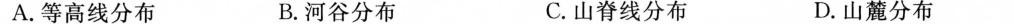
A.等高线分布 B.河谷分布 C.山脊线分布 D.山麓分布